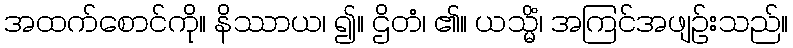
အထက်စောင်ကို။ နိဿာယ၊ ၍။ ဌိတံ၊ ၏။ ယသ္မိံ၊ အကြင်အဖျဉ်းသည်။